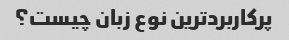
پرکاربردترین نوع زبان چیست؟